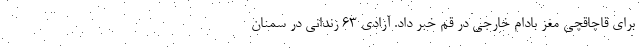
برای قاچاقچی مغز بادام خارجی در قم خبر داد. آزادی ۶۳ زندانی در سمنان